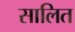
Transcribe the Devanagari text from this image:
सालित